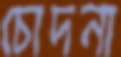
চোদনা